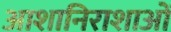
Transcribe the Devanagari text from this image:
आशानिराशाओं